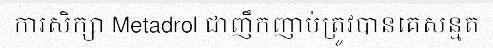
ការសិក្សា Metadrol ជាញឹកញាប់ត្រូវបានគេសន្មត